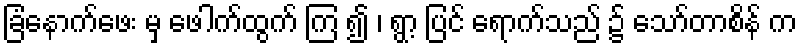
ခြံနောက်ဖေး မှ ဖေါက်ထွက် ကြ ၍ ၊ ရွာ့ ပြင် ရောက်သည် ၌ သော်တာစိန် က